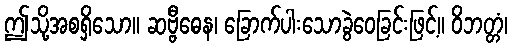
ဤသို့အစရှိသော။ ဆဗ္ဗီဓေန၊ ခြောက်ပါးသောခွဲဝေခြင်းဖြင့်။ ဝိဘတ္တံ၊